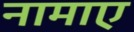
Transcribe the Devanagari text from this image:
नामाए